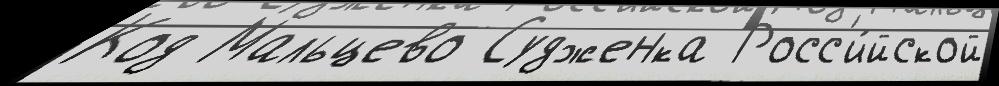
Код Мальцево Судженка Росс'и́йской